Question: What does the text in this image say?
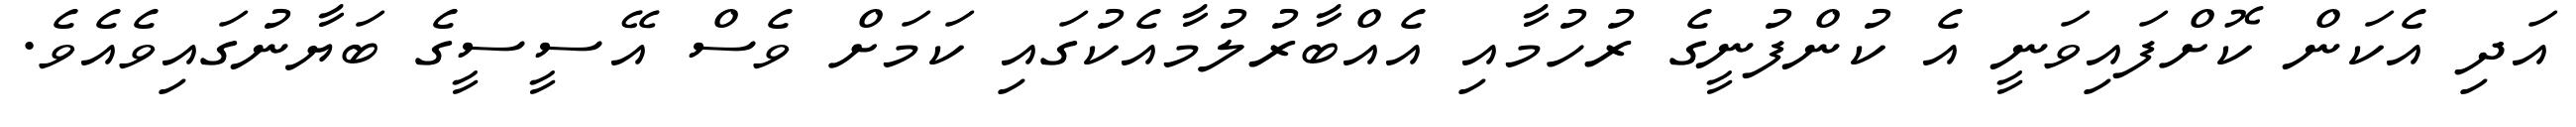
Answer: އަދި އެކަން ކޮށްފައިވަނީ އެ ކުންފުނީގެ ރުހުމާއި އެއްބާރުލުމާއެކުގައި ކަމަށް ވެސް އޭސީސީގެ ބަޔާނުގައިވެއެވެ.